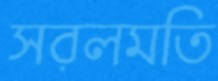
সরলমতি